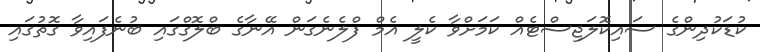
ކުޑަކުދިންގެ ސައިކޮލަޖިސްޓެއް ކަމަށްވާ ކެލީ އެމް ފްލެނެގަން އޭނާގެ ބްލޮގްގައި ބުނެފައިވާ ގޮތުގައި